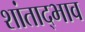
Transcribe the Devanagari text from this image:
शांताद्भाव